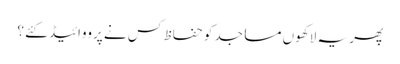
پھر یہ لاکھوں مساجد کو حفاظ کس نے پرووائیڈ کئے ؟